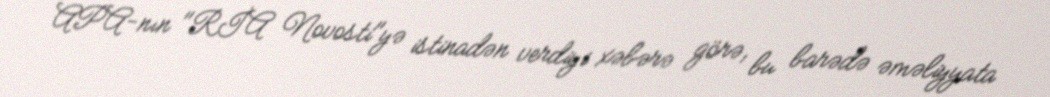
APA-nın "RİA Novosti"yə istinadən verdiyi xəbərə görə, bu barədə əməliyyata